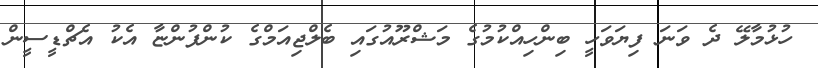
ހުޅުމާލޭ ދެ ވަނަ ފިޔަވަހީ ބިންހިއްކުމުގެ މަޝްރޫއުގައި ބެލްޖިއަމްގެ ކުންފުންޏާ އެކު އެޗްޑީސީން